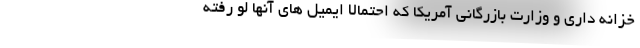
خزانه داری و وزارت بازرگانی آمریکا که احتمالا ایمیل های آنها لو رفته